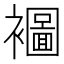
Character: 𮖾